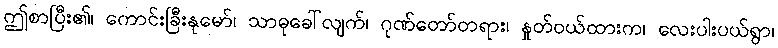
ဤစာပြီး၏၊ ကောင်းခြီးနုမော်၊ သာဓုခေါ်လျက်၊ ဂုဏ်တော်တရား၊ နှုတ်ဝယ်ထားက၊ လေးပါးပယ်ရွာ၊